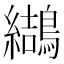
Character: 𪆋